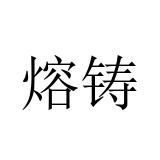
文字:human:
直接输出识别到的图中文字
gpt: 熔铸